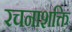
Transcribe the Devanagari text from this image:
रचनाशक्ति